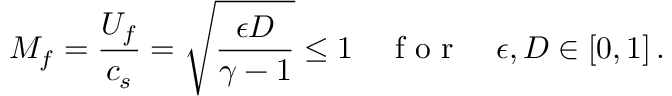
M _ { f } = \frac { U _ { f } } { c _ { s } } = \sqrt { \frac { \epsilon D } { \gamma - 1 } } \le 1 \quad \mathrm { ~ f ~ o ~ r ~ } \quad \epsilon , D \in [ 0 , 1 ] \, .